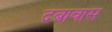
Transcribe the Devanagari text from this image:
दबावास